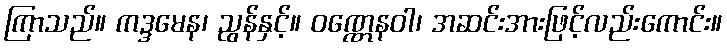
ကြာသည်။ ကဒ္ဒမေန၊ ညွန်နှင့်။ ဝဏ္ဏေနဝါ၊ အဆင်းအားဖြင့်လည်းကောင်း။